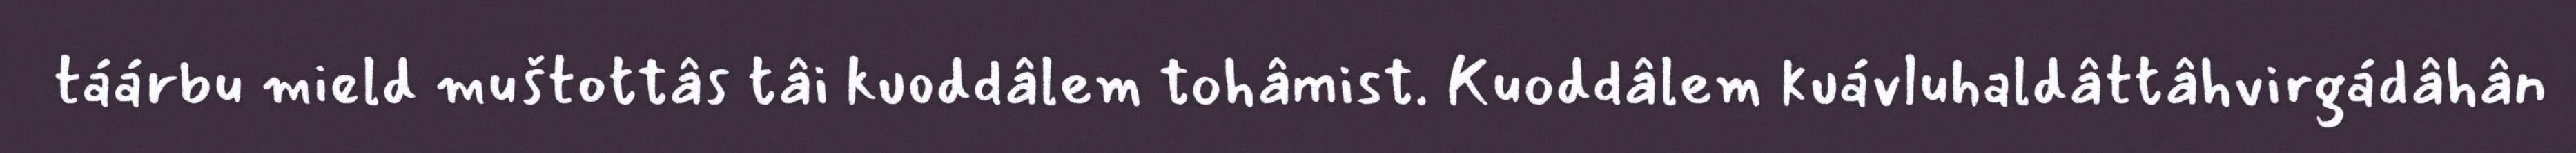
táárbu mield muštottâs tâi kuoddâlem tohâmist. Kuoddâlem kuávluhaldâttâhvirgádâhân